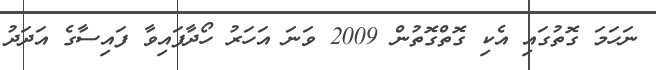
ނަހަމަ ގޮތުގައި އެކި ގޮތްގޮތުން 2009 ވަނަ އަހަރު ހޯދާފައިވާ ފައިސާގެ އަދަދު